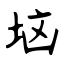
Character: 垴